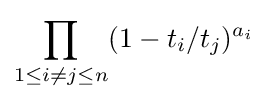
\prod _{1\leq i\neq j\leq n}(1-t_{i}/t_{j})^{a_{i}}